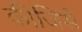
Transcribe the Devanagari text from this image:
कीजिसे